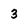
Character: 3